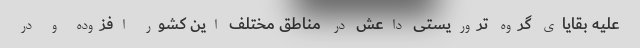
علیه بقایای گروه تروریستی داعش در مناطق مختلف این کشور افزوده و در